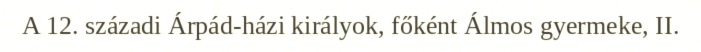
A 12. századi Árpád-házi királyok, főként Álmos gyermeke, II.